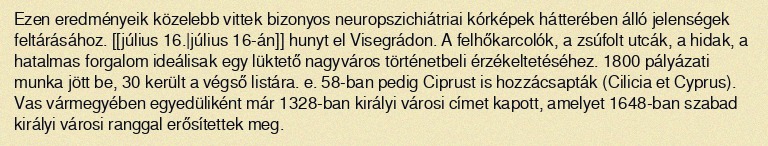
Ezen eredményeik közelebb vittek bizonyos neuropszichiátriai kórképek hátterében álló jelenségek feltárásához. [[július 16.|július 16-án]] hunyt el Visegrádon. A felhőkarcolók, a zsúfolt utcák, a hidak, a hatalmas forgalom ideálisak egy lüktető nagyváros történetbeli érzékeltetéséhez. 1800 pályázati munka jött be, 30 került a végső listára. e. 58-ban pedig Ciprust is hozzácsapták (Cilicia et Cyprus). Vas vármegyében egyedüliként már 1328-ban királyi városi címet kapott, amelyet 1648-ban szabad királyi városi ranggal erősítettek meg.